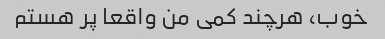
خوب، هرچند کمی من واقعا پر هستم